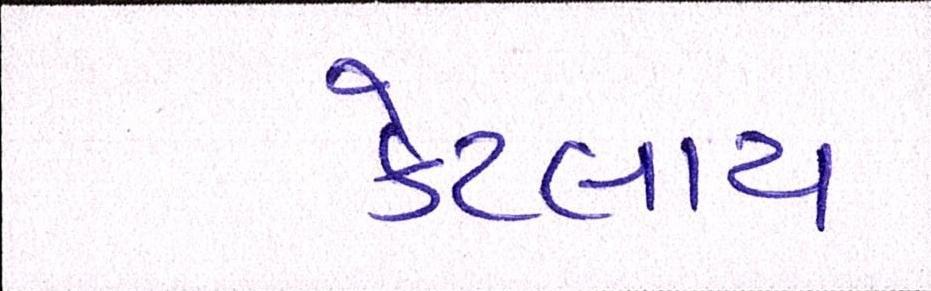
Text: કેટલાય